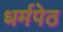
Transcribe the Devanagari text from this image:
धर्मपेठ